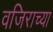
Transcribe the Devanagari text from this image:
वजिराच्या